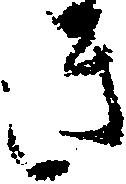
き